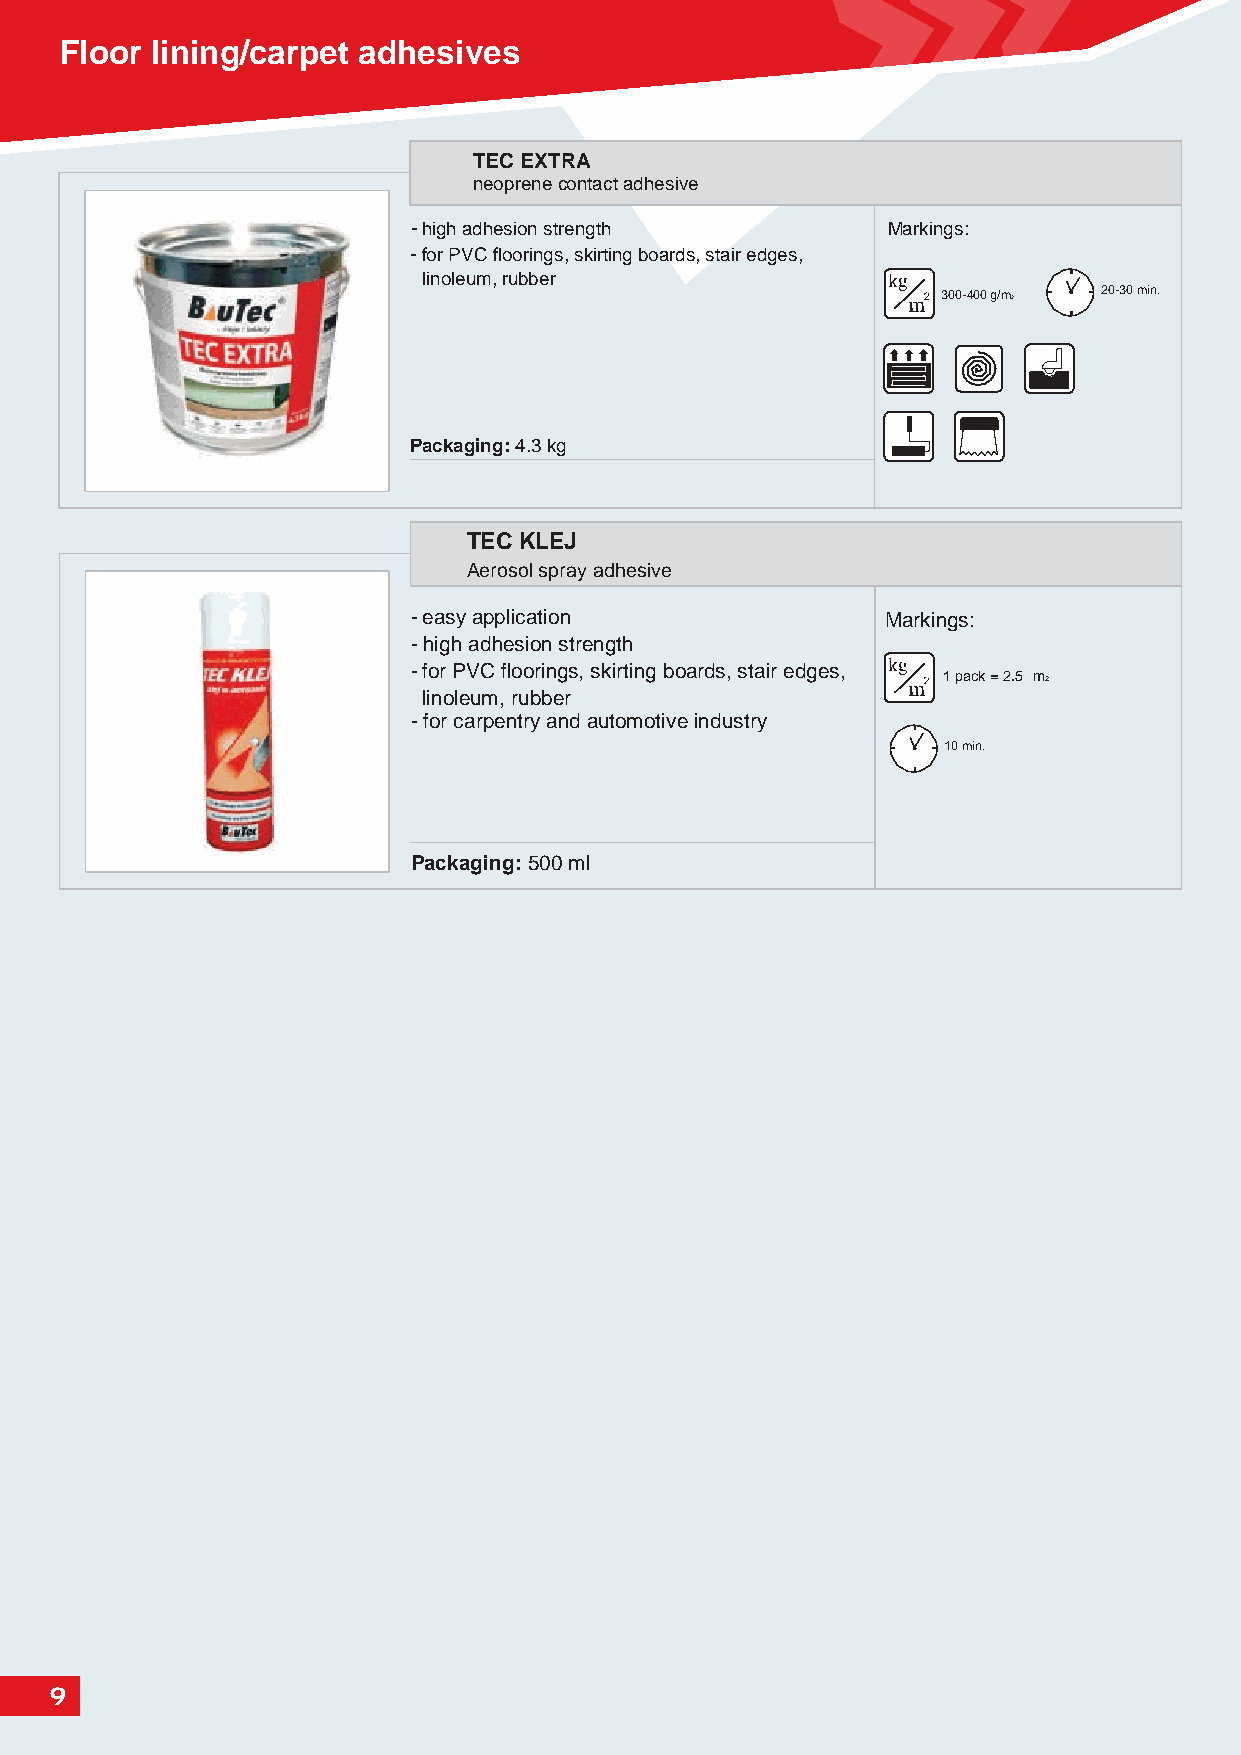
Floor lining/carpet adhesives
 TEC EXTRA
 neoprene contact adhesive
 - high adhesion strength        Markings:
 -for PVC floorings, skirting boards, stair edges,
 linoleum, rubber
 300-400 g/m2 20-30 min.
 Packaging: 4.3 kg
 TEC KLEJ
 Aerosol spray adhesive
 - easy application              Markings:
 -high adhesion strength
 -for PVC floorings, skirting boards, stair edges,
 1 pack = 2.5 m2
 linoleum, rubber
 -for carpentry and automotive industry
 10 min.
 Packaging: 500 ml
 9